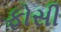
ફોસી